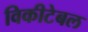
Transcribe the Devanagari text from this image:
विकीटेबल